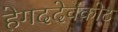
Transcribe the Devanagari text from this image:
हेगददेवंकोट